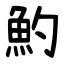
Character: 魡